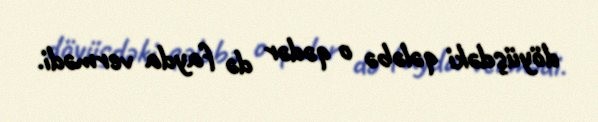
döyüşdəki qələbə o qədər də fayda vermədi.